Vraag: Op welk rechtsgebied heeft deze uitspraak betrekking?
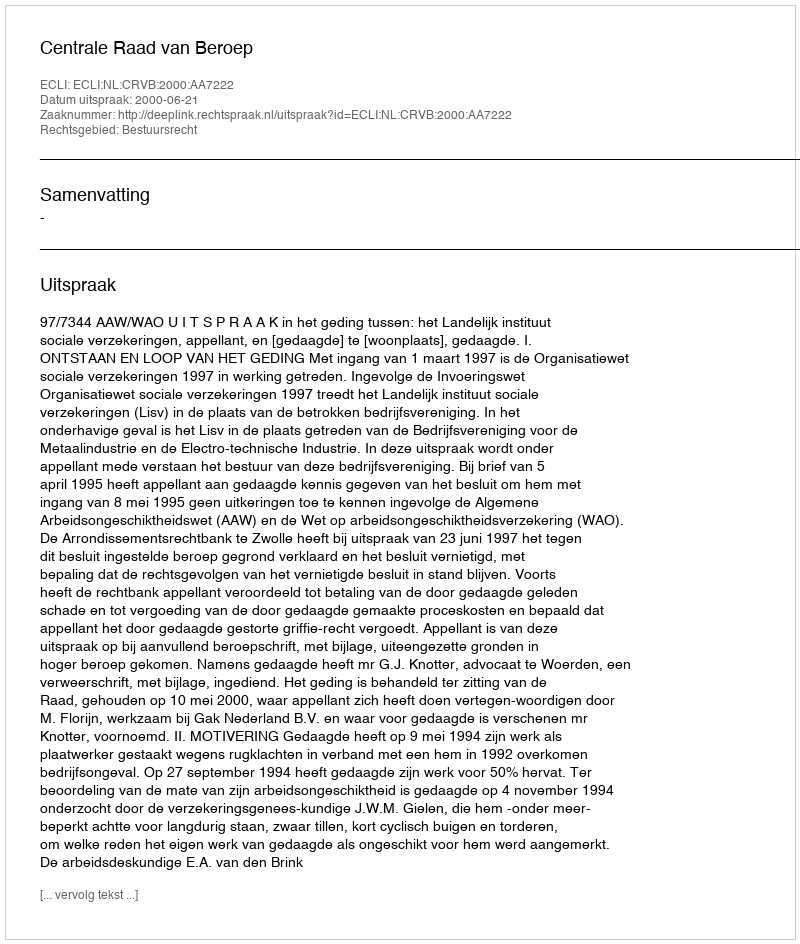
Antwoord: Bestuursrecht